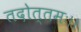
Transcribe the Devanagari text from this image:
तदोत्तमः।।